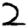
Digit: 2